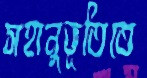
সহানুভূতিতে